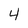
Character: 4